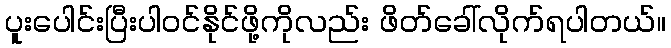
ပူးပေါင်းပြီးပါဝင်နိုင်ဖို့ကိုလည်း ဖိတ်ခေါ်လိုက်ရပါတယ်။